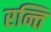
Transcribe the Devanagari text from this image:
रन्ति